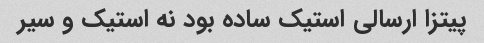
پیتزا ارسالی استیک ساده بود نه استیک و سیر